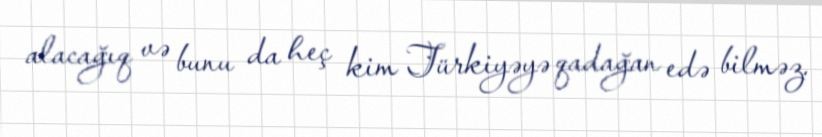
alacağıq və bunu da heç kim Türkiyəyə qadağan edə bilməz.